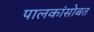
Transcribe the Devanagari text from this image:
पालकांसोबत